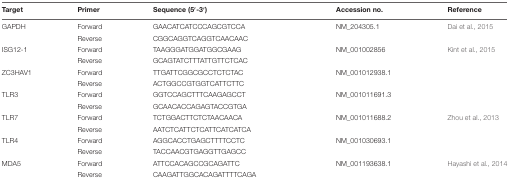
| Target | Primer | Sequence (5′-3′) | Accession no. | Reference |
 | --- | --- | --- | --- | --- |
 | GAPDH | Forward | GAACATCATCCCAGCGTCCA | NM_204305.1 | Dai et al., 2015 |
 |  | Reverse | CGGCAGGTCAGGTCAACAAC |  |  |
 | ISG12-1 | Forward | TAAGGGATGGATGGCGAAG | NM_001002856 | Kint et al., 2015 |
 |  | Reverse | GCAGTATCTTTATTGTTCTCAC |  |  |
 | ZC3HAV1 | Forward | TTGATTCGGCGCCTCTCTAC | NM_001012938.1 |  |
 |  | Reverse | ACTGGCCGTGGTCATTCTTC |  |  |
 | TLR3 | Forward | GGTCCAGCTTTCAAGAGCCT | NM_001011691.3 |  |
 |  | Reverse | GCAACACCAGAGTACCGTGA |  |  |
 | TLR7 | Forward | TCTGGACTTCTCTAACAACA | NM_001011688.2 | Zhou et al., 2013 |
 |  | Reverse | AATCTCATTCTCATTCATCATCA |  |  |
 | TLR4 | Forward | AGGCACCTGAGCTTTTCCTC | NM_001030693.1 |  |
 |  | Reverse | TACCAACGTGAGGTTGAGCC |  |  |
 | MDA5 | Forward | ATTCCACAGCCGCAGATTC | NM_001193638.1 | Hayashi et al., 2014 |
 |  | Reverse | CAAGATTGGCACAGATTTTCAGA |  |  |